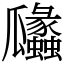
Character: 㼖